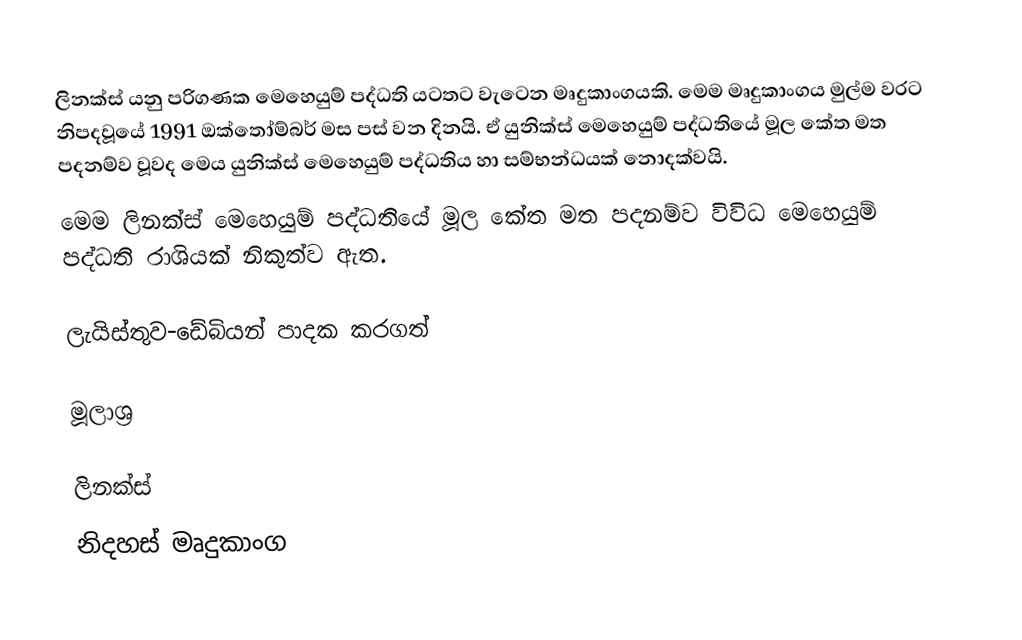
ලිනක්ස් යනු පරිගණක මෙහෙයුම් පද්ධති යටතට වැටෙන මෘදුකාංගයකි. මෙම මෘදුකාංගය මුල්ම වරට නිපදවූයේ 1991 ඔක්තෝම්බර් මස පස් වන දිනයි. ඒ යුනික්ස් මෙහෙයුම් පද්ධතියේ මූල කේත මත පදනම්ව වූවද මෙය යුනික්ස් මෙහෙයුම් පද්ධතිය හා සම්භන්ධයක් නොදක්වයි.
මෙම ලිනක්ස් මෙහෙයුම් පද්ධතියේ මූල කේත මත පදනම්ව විවිධ මෙහෙයුම් පද්ධති රාශියක් නිකුත්ව ඇත.

ලැයිස්තුව-ඩේබියන් පාදක කරගත්

මූලාශ්‍ර

ලිනක්ස්
නිදහස් මෘදුකාංග